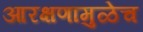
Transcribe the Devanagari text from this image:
आरक्षणामुळेच